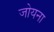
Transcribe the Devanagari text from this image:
जोयना